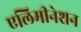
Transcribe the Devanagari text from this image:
एलिमीनेशन